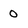
Character: 0